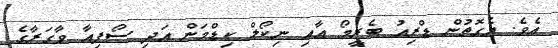
އެވެ. އެގޮތުން ޑްރިއު ބެރީމޯ އާއި ނިކޯލް ކިޑްމަން އަދި ސޯފިއާ ވާގަރާގެ